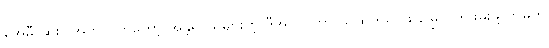
အေမီ ဆူးဝါအတွက်ကတော့ အန္တရာယ်များတဲ့ ဒီအလုပ်ဟာ သဲထိတ်ရင်ဖို မြွေလိုက်ဖမ်းဖို့သာမက